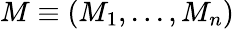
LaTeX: M\equiv(M_{1},...,M_{n})